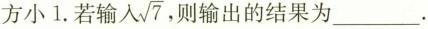
方小1.若输入\sqrt{7} ，则输出的结果为___.